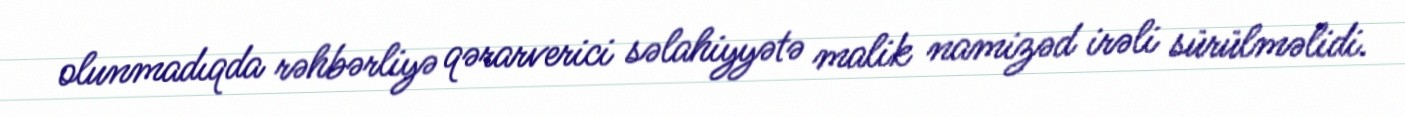
olunmadıqda rəhbərliyə qərarverici səlahiyyətə malik namizəd irəli sürülməlidi.